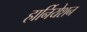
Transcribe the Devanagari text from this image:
हार्नियेशन